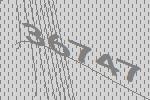
36747